Report of the Hyderabad Chloroform Commission
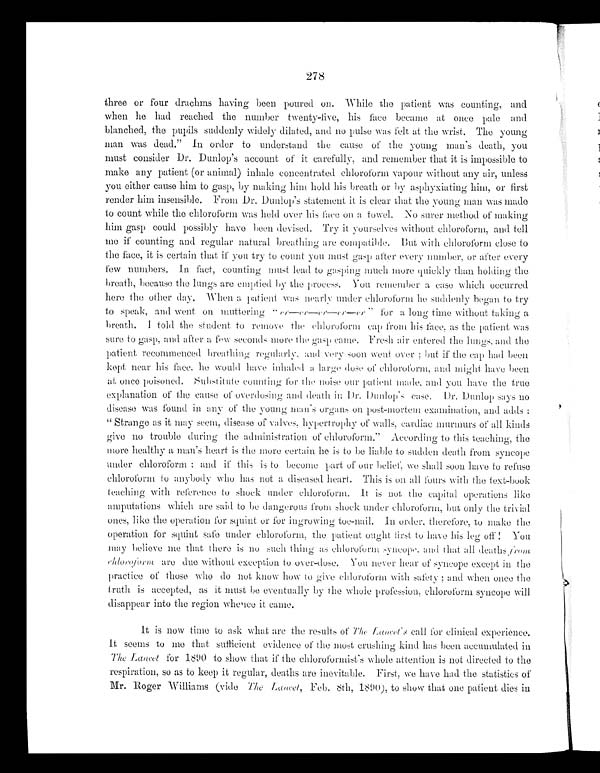
278
three or four drachms having been poured on. While the patient was counting, and
when he had reached the number twenty-five, his face became at once pale and
blanched, the pupils suddenly widely dilated, and no pulse was felt at the wrist. The young
man was dead." In order to understand the cause of the young man's death, you
must consider Dr. Dunlop's account of it carefully, and remember that it is impossible to
make any patient (or animal) inhale concentrated chloroform vapour without any air, unless
you either cause him to gasp, by making him hold his breath or by asphyxiating him, or first
render him insensible. From Dr. Dunlop's statement it is clear that the young man was made
to count while the chloroform was held over his face on a towel. No surer method of making
him gasp could possibly have been devised. Try it yourselves without chloroform, and tell
me if counting and regular natural breathing are compatible. But with chloroform close to
the face, it is certain that if you try to count you must gasp after every number, or after every
few numbers. In fact, counting must lead to gasping much more quickly than holding the
breath, because the lungs are emptied by the process. You r emember a case which occurred
here the other day. When a patient was nearly under chloroform he suddenly began to try
to speak, and went on muttering "er—er—er—er—er" for a long time without taking a
breath. I told the student to remove the chloroform cap from his face, as the patient was
sure to gasp, and after a few seconds more the gasp came. Fresh air entered the lungs, and the
patient recommenced breathing regularly, and very soon went over; but if the cap had been
kept near this face, he would have inhaled a large dose of chloroform, and might have been
at once poisoned. Substitute counting for the noise our patient made, and you have the true
explanation of the cause of overdosing and death in Dr. Dunlop's case. Dr. Dunlop says no
disease was found in any of the young man's or g ans on post-mortem examination, and adds:
"Strange as it may seem, disease of valves, hypertrophy of walls, cardiac murmurs of all kinds
give no trouble during the administration of chloroform." According to this teaching, the
more healthy a man's heart is the more certain he is to be liable to sudden death from syncope
under chloroform; and if this is to become part of our belief, we shall soon have to refuse
chloroform to anybody who has not a diseased heart. This is on all fours with the text-book
teaching with reference to shock under chloroform. It is not the capital operations like
amputations which are said to be dangerous from shock under chloroform, but only the trivial
ones, like the operation for squint or for ingrowing toe-nail. In order, therefore, to make the
operation for squint safe under chloroform, the patient ought first to have his leg off! You
may believe me that there is no such thing as chloroform syncope, and that all deaths f r o m
chloroform are due without exception to over-dose. You never hear of syncope except in the
practice of those who do not know how to give chloroform with safety; and when once the
truth is accepted, as it must be eventually by the whole profession, chloroform syncope will
disappear into the region whence it came.
It is now time to ask what are the results of The Lancet's call for clinical experience.
I t s e e m s t o m e t h a t s u f f i c i e n t e v i d e n c e o f t h e m o s t c r u s h i n g k i n d h a s b e e n a c c u m u l a t e d i n
The Lancet for 1890 to show that if the chloroformist's whole attention is not directed to the
respiration, so as to keep it regular, deaths are inevitable. First, we have had the statistics of
Mr. Roger Williams (vide The Lancet, Feb. 8th, 1890), to show that one patient dies in